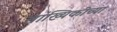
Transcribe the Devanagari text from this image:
सांख्यिकीच्या